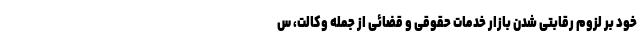
خود بر لزوم رقابتی شدن بازار خدمات حقوقی و قضائی از جمله وکالت، س